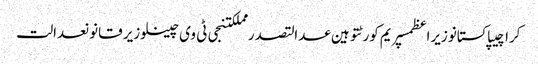
کراچیپاکستانوزیراعظمسپریم کورٹتوہین عدالتصدر مملکتنجی ٹی وی چینلوزیر قانونعدالت